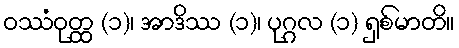
ဝဿံဝုတ္ထ (၁)၊ အာဒိဿ (၁)၊ ပုဂ္ဂလ (၁) ရှစ်မာတိ။